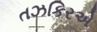
તઝકિરએ